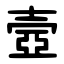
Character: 壼